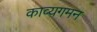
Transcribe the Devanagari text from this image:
काव्यगमन